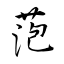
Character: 萢